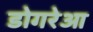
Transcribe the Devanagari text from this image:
डोगरेआ